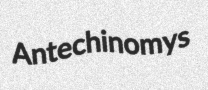
Antechinomys